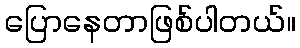
ပြောနေတာဖြစ်ပါတယ်။